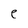
Character: e